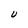
Character: U